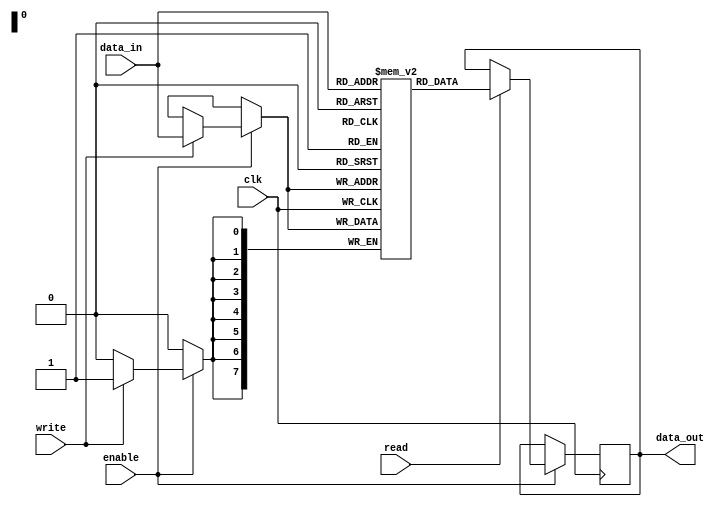
module memory_block (
    input wire clk,
    input wire enable,
    input wire [7:0] data_in,
    output reg [7:0] data_out,
    input wire read,
    input wire write
);
    reg [7:0] memory [0:255]; // 256 x 8-bit memory

    always @(posedge clk) begin
        if (enable) begin
            if (write) begin
                memory[data_in[7:0]] <= data_in; // Write operation
            end
            if (read) begin
                data_out <= memory[data_in[7:0]]; // Read operation
            end
        end
    end
endmodule